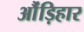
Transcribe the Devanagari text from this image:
औंड़िहार